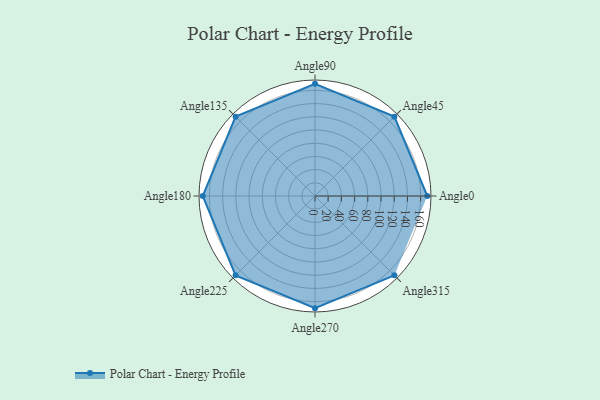
{"axis": {"x": "Angle", "y": "Radius"}, "legend": [""], "data": [{"x": "Angle0", "y": 170, "type": ""}, {"x": "Angle45", "y": 170, "type": ""}, {"x": "Angle90", "y": 170, "type": ""}, {"x": "Angle135", "y": 170, "type": ""}, {"x": "Angle180", "y": 170, "type": ""}, {"x": "Angle225", "y": 170, "type": ""}, {"x": "Angle270", "y": 170, "type": ""}, {"x": "Angle315", "y": 170, "type": ""}]}